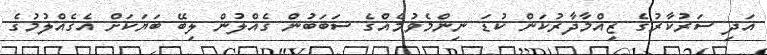
އަދި ސަރުކާރުގެ ޒިއްމާދާރުކަން ކުޑަ ނިންމެވުމެއްގެ ސަބަބުން ގެއްލުން ލިބޭ ބަޔަކަށް އެގެއްލުމުގެ